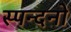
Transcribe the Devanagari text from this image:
स्पन्दनों